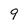
Character: 9